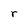
Character: r